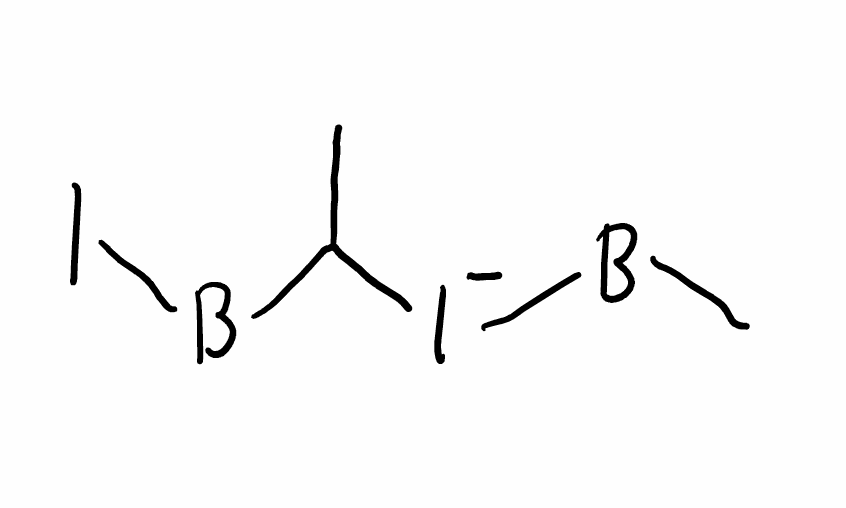
Simplified molecular-input line-entry system (SMILES) notation of the given molecule:
[B](C)[I-]C([B]I)C